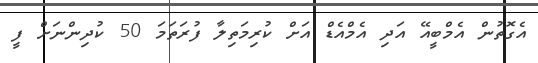
އެގޮތުން އެމްބީއޭ އަދި އެމްއެޑް އަށް ކުރިމަތިލާ ފުރަތަމަ 50 ކުދިންނަށް ފީ